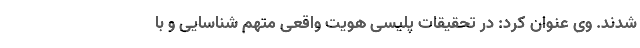
شدند. وی عنوان کرد: در تحقیقات پلیسی هویت واقعی متهم شناسایی و با